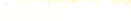
Try Our Pizza